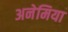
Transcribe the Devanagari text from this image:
अनेमिया